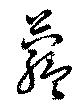
蘊